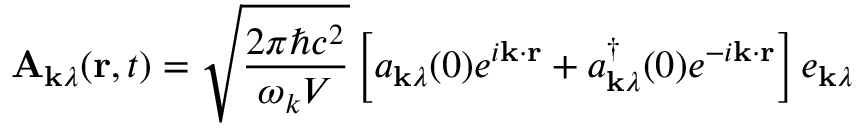
\mathbf { A } _ { \mathbf { k } \lambda } ( \mathbf { r } , t ) = { \sqrt { \frac { 2 \pi \hbar c ^ { 2 } } { \omega _ { k } V } } } \left[ a _ { \mathbf { k } \lambda } ( 0 ) e ^ { i \mathbf { k } \cdot \mathbf { r } } + a _ { \mathbf { k } \lambda } ^ { \dagger } ( 0 ) e ^ { - i \mathbf { k } \cdot \mathbf { r } } \right] e _ { \mathbf { k } \lambda }